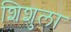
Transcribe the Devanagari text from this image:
शिशुला